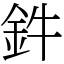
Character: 鈝